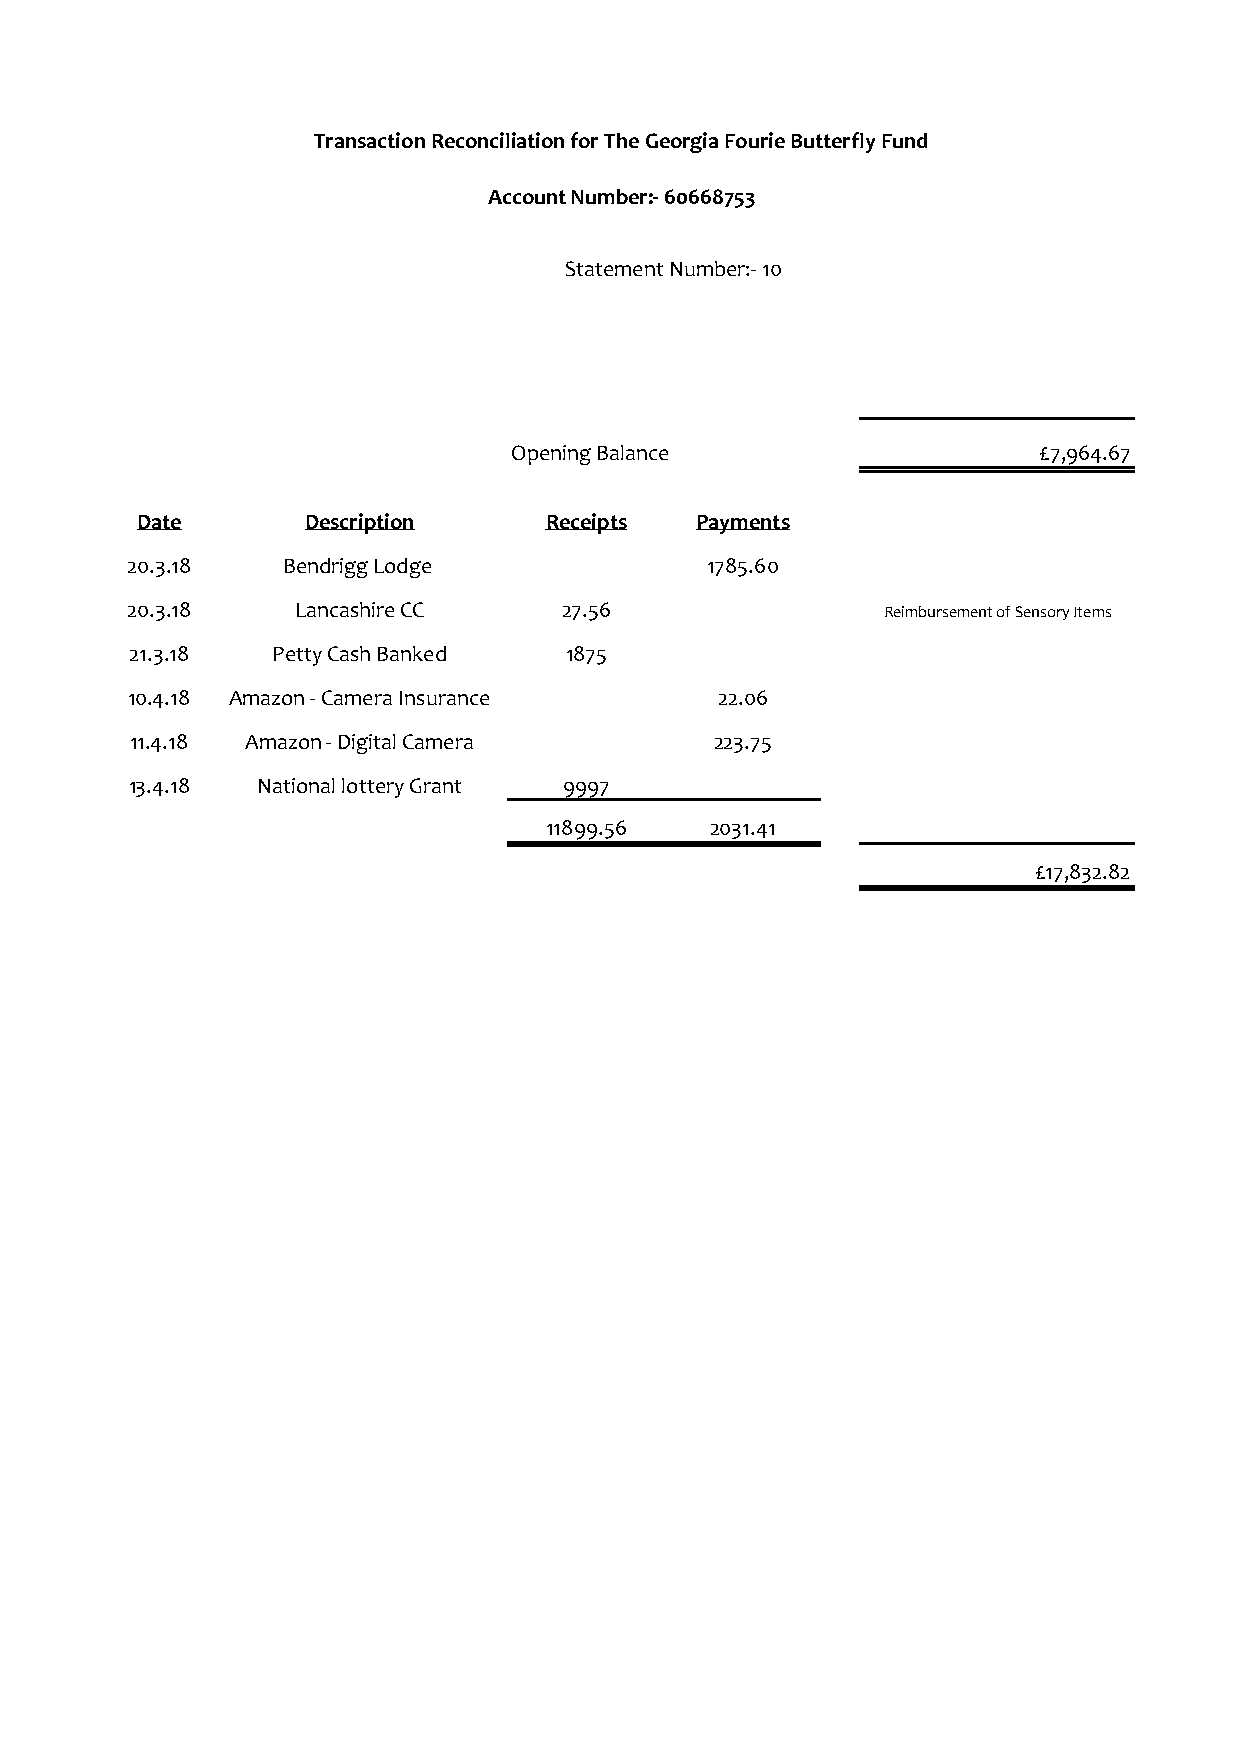
Transaction Reconciliation for The Georgia Fourie Butterfly Fund
 Account Number:- 60668753
 Statement Number:- 10
 Opening Balance                    £7,964.67
 Date       Description     Receipts  Payments
 20.3.18    Bendrigg Lodge              1785.60
 20.3.18     Lancashire CC    27.56                 Reimbursement of Sensory Items
 21.3.18  Petty Cash Banked  1875
 10.4.18 Amazon - Camera Insurance      22.06
 11.4.18 Amazon - Digital Camera       223.75
 13.4.18 National lottery Grant 9997
 11899.56   2031.41
 £17,832.82